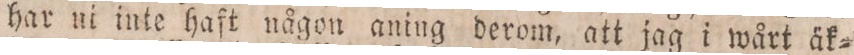
har ni inte haft någon aning derom, att jag i wårt äk=